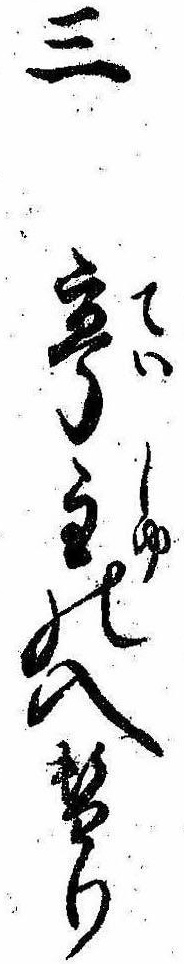
三亭主の入替り